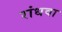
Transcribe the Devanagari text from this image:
रांधवा